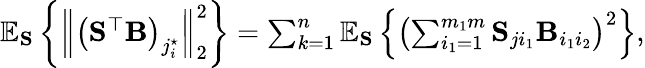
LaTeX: \begin{array}{r}{\mathbb{E}_{\mathbf{S}}\left\{ \left\| \left(\mathbf{S}^{\top}\mathbf{B}\right)_{j_{i}^{\star}}\right\| _{2}^{2}\right\} =\sum_{k=1}^{n}\mathbb{E}_{\mathbf{S}}\left\{ \left(\sum_{i_{1}=1}^{m_{1}m}\mathbf{S}_{ji_{1}}\mathbf{B}_{i_{1}i_{2}}\right)^{2}\right\} ,}\end{array}